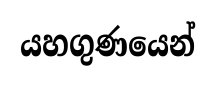
යහගුණයෙන්